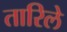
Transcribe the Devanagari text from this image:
तारिले